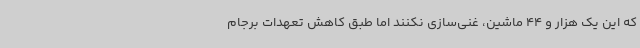
که این یک هزار و 44 ماشین، غنی‌سازی نکنند اما طبق کاهش تعهدات برجام